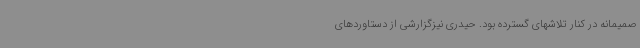
صمیمانه در کنار تلاشهای گسترده بود. حیدری نیزگزارشی از دستاوردهای